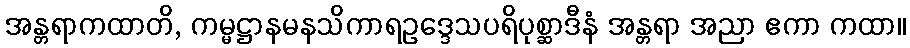
အန္တရာကထာတိ, ကမ္မဋ္ဌာနမနသိကာရဥဒ္ဒေသပရိပုစ္ဆာဒီနံ အန္တရာ အညာ ဧကာ ကထာ။